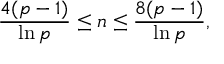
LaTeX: { \frac { 4 ( p - 1 ) } { \ln p } } \leq n \leq { \frac { 8 ( p - 1 ) } { \ln p } } ,